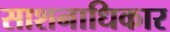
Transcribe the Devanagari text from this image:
साशनाधिकार